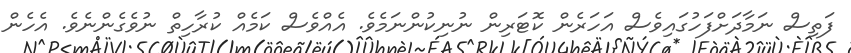
ފަތިސް ނަމާދަށްފަހުގައިވެސް އަހަރެން ކޮޓަރިން ނުނިކުންނަމެވެ. އެއްވެސް ކަމެއް ކުރާހިތް ނުވެގެންނެވެ. އެހެން